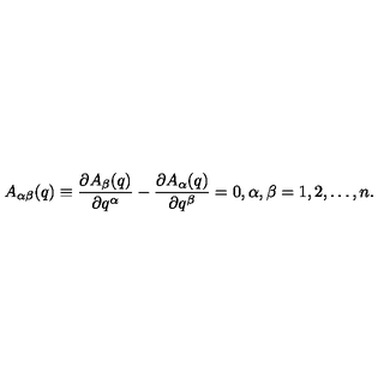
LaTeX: A _ { \alpha \beta } ( q ) \equiv \frac { \partial A _ { \beta } ( q ) } { \partial q ^ { \alpha } } - \frac { \partial A _ { \alpha } ( q ) } { \partial q ^ { \beta } } = 0 , \alpha , \beta = 1 , 2 , \dots , n .